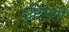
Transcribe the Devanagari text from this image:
दृष्टिभंगी